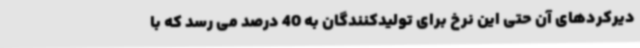
دیرکردهای آن حتی این نرخ برای تولیدکنندگان به 40 درصد می رسد که با